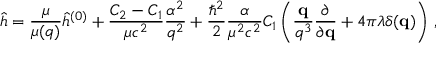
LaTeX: \hat { h } = \frac { \mu } { \mu ( q ) } \hat { h } ^ { ( 0 ) } + \frac { C _ { 2 } - C _ { 1 } } { \mu c ^ { 2 } } \frac { \alpha ^ { 2 } } { q ^ { 2 } } + \frac { \hbar ^ { 2 } } { 2 } \frac { \alpha } { \mu ^ { 2 } c ^ { 2 } } C _ { 1 } \left( \frac { { \bf q } } { q ^ { 3 } } \frac { \partial } { \partial { \bf q } } + 4 \pi \lambda \delta ( { \bf q } ) \right) \, ,